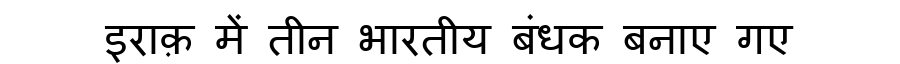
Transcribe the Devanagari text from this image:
इराक़ में तीन भारतीय बंधक बनाए गए